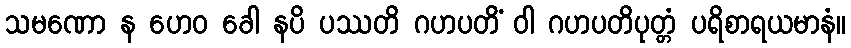
သမဏော န ဟေဝ ခေါ နပိ ပဿတိ ဂဟပတိံ ဝါ ဂဟပတိပုတ္တံ ပရိစာရယမာနံ။